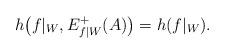
LaTeX: \begin{align*}h\big(f|_W,E^+_{f|W}(A)\big) = h(f|_W).\end{align*}